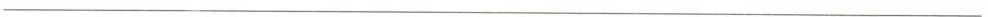
___